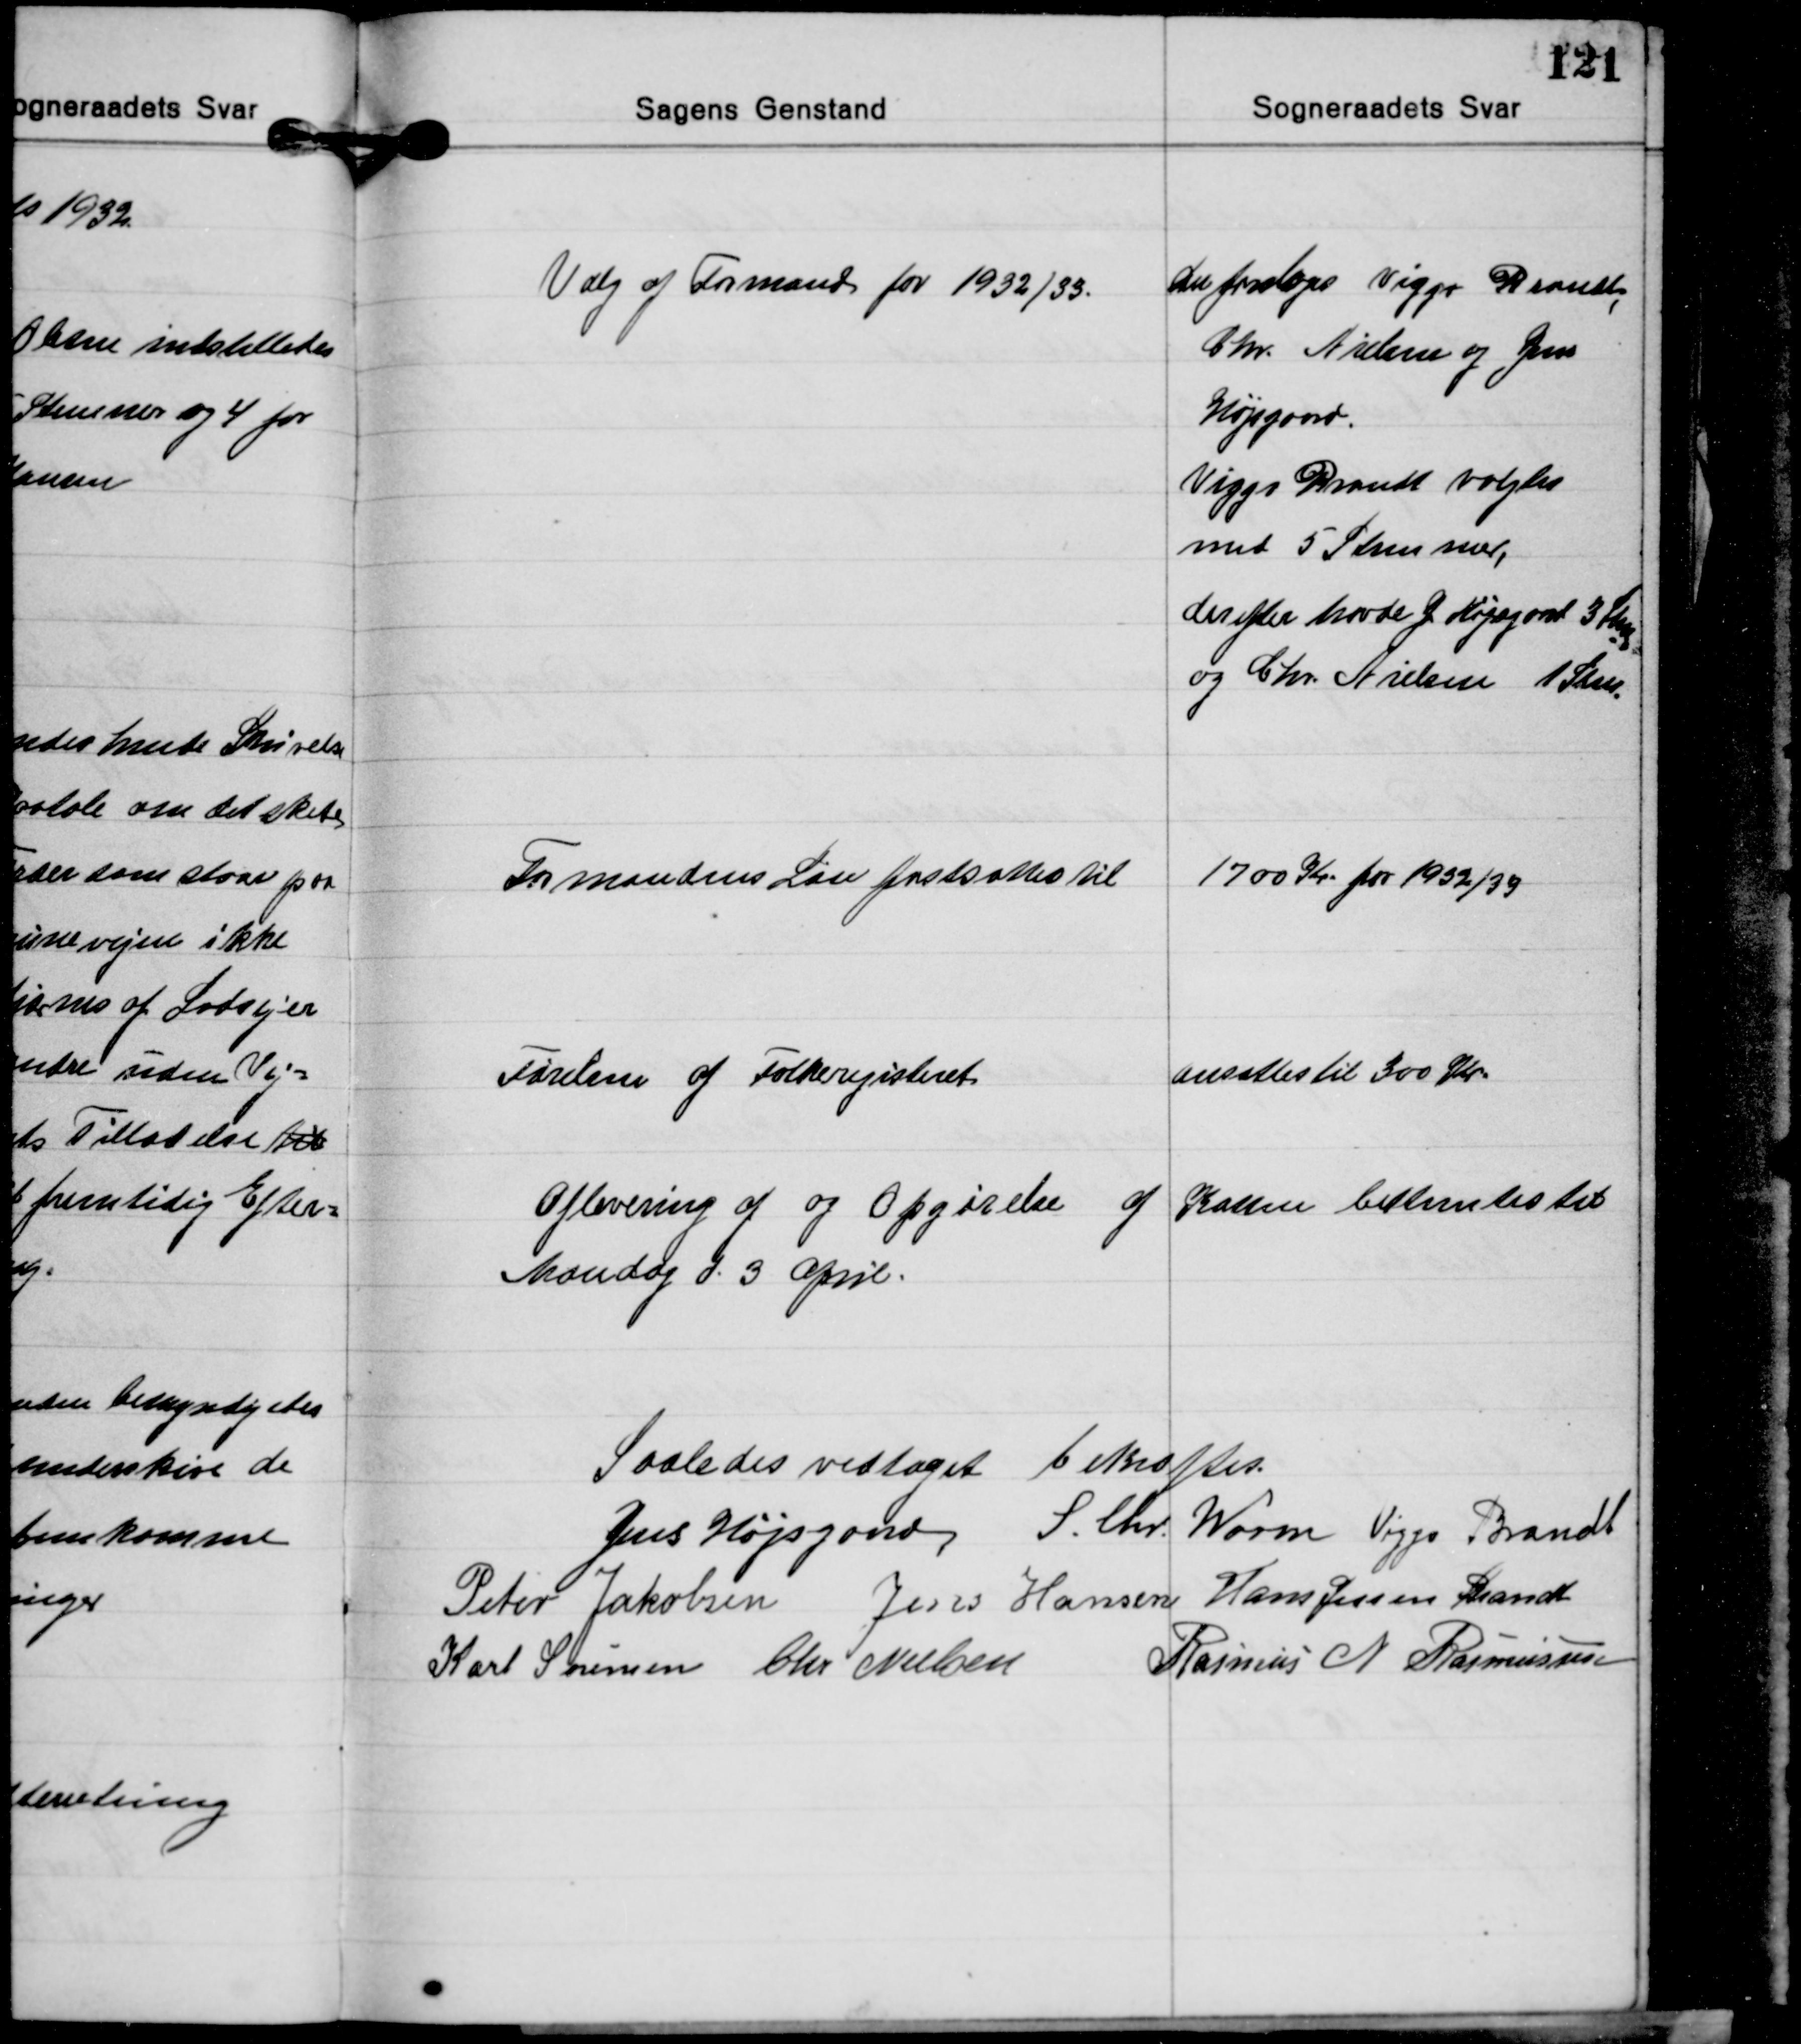
Transskription:
Valg af Formand for 1932/33.

Der forsloges Viggo Brandt
Chr. Nielsen og Jens
Højsgaard.
Viggo Brandt valgtes
med 5 Stemmer,
derefter havde J. Højsgard 3 Stm.
og Chr. Nielsen 1 Stm.

Formandens Løn fastsattes til

1700 Kr for 1932/33

Førelsen af Folkeregisteret

Ansættes til 300 Kr.

Aflevering af og Opgørelse
af Kassen bestemtes til
Mandag d. 3 April.

Saaledes vedtaget bekræftet.
Jens Højsgaard S. Chr. Worm Viggo Brandt
Peter Jakobsen Jens Hansen Hans Jessen Brandt
Karl Sørensen Chr. Nielsen
Rasmus N. Rasmussen